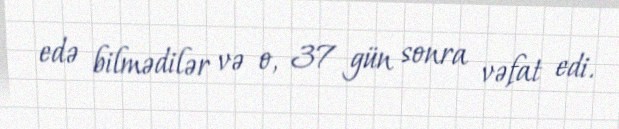
edə bilmədilər və o, 37 gün sonra vəfat edi.